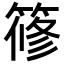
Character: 𥱤